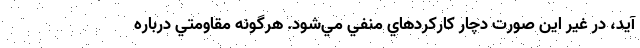
آيد، در غير اين صورت دچار كاركردهاي منفي مي‌شود. هرگونه مقاومتي درباره